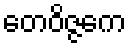
တေဝိဇ္ဇကေ